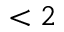
< 2